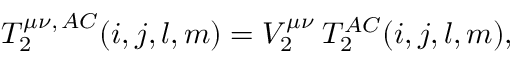
T _ { 2 } ^ { \mu \nu , \, A C } ( i , j , l , m ) = V _ { 2 } ^ { \mu \nu } \: T _ { 2 } ^ { A C } ( i , j , l , m ) ,